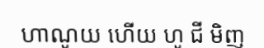
ហាណូយ ហើយ ហូ ជី មិញ